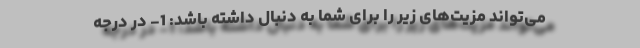
می‌تواند مزیت‌های زیر را برای شما به دنبال داشته باشد: 1- در درجه